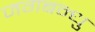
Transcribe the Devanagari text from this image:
जगबन्धु